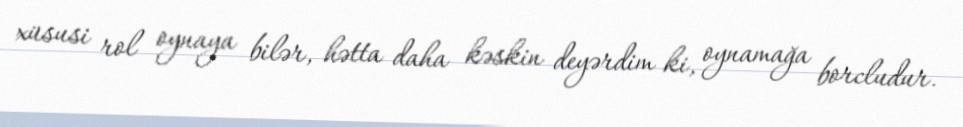
xüsusi rol oynaya bilər, hətta daha kəskin deyərdim ki, oynamağa borcludur.